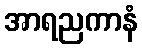
အာရညကာနံ